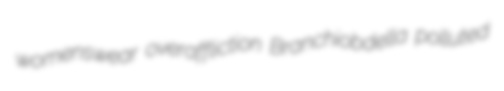
womenswear overaffliction Branchiobdella polluted